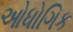
ઓધોગિક